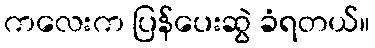
ကလေးက ပြန်ပေးဆွဲ ခံရတယ်။